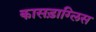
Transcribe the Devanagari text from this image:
कासड़ाग्लिस